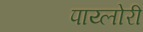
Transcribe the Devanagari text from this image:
पाय्लोरी